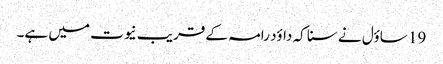
19 ساؤل نے سنا کہ داؤد رامہ کے قریب نیوت میں ہے۔